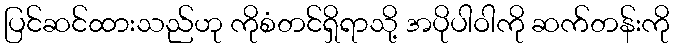
ပြင်ဆင်ထားသည်ဟု ကိုစံတင်ရှိရာသို့ အပိုပါဝါကို ဆက်တန်းကို